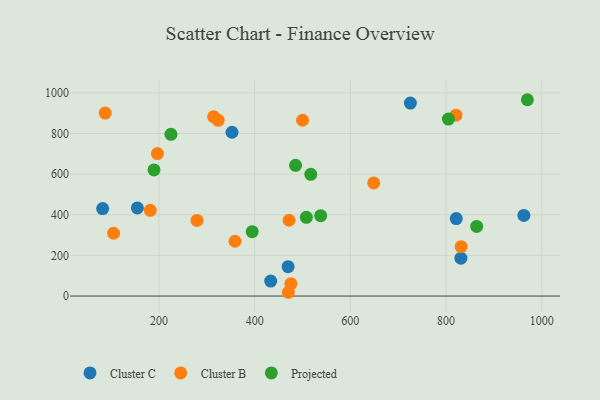
{"axis": {"x": "Engine Size", "y": "Yield"}, "legend": ["Cluster B", "Cluster C", "Projected"], "data": [{"x": "725.5", "y": 949.7, "type": "Cluster C"}, {"x": "831.1", "y": 186.3, "type": "Cluster C"}, {"x": "821.4", "y": 381.2, "type": "Cluster C"}, {"x": "469.9", "y": 144.6, "type": "Cluster C"}, {"x": "962.7", "y": 396.6, "type": "Cluster C"}, {"x": "154.9", "y": 433.6, "type": "Cluster C"}, {"x": "82.3", "y": 430.3, "type": "Cluster C"}, {"x": "433.5", "y": 73.7, "type": "Cluster C"}, {"x": "352.7", "y": 806.1, "type": "Cluster C"}, {"x": "323.8", "y": 864.9, "type": "Cluster B"}, {"x": "105.2", "y": 309.2, "type": "Cluster B"}, {"x": "831.6", "y": 242.8, "type": "Cluster B"}, {"x": "314.3", "y": 882.7, "type": "Cluster B"}, {"x": "87.7", "y": 900.7, "type": "Cluster B"}, {"x": "648.9", "y": 556.9, "type": "Cluster B"}, {"x": "472.0", "y": 373.0, "type": "Cluster B"}, {"x": "470.5", "y": 18.6, "type": "Cluster B"}, {"x": "359.0", "y": 269.8, "type": "Cluster B"}, {"x": "500.1", "y": 865.1, "type": "Cluster B"}, {"x": "820.8", "y": 890.2, "type": "Cluster B"}, {"x": "475.8", "y": 60.7, "type": "Cluster B"}, {"x": "279.6", "y": 372.0, "type": "Cluster B"}, {"x": "181.9", "y": 421.9, "type": "Cluster B"}, {"x": "196.8", "y": 701.0, "type": "Cluster B"}, {"x": "508.1", "y": 387.4, "type": "Projected"}, {"x": "225.1", "y": 795.7, "type": "Projected"}, {"x": "970.0", "y": 966.2, "type": "Projected"}, {"x": "538.0", "y": 395.6, "type": "Projected"}, {"x": "189.7", "y": 620.6, "type": "Projected"}, {"x": "485.5", "y": 643.2, "type": "Projected"}, {"x": "864.1", "y": 342.5, "type": "Projected"}, {"x": "394.9", "y": 316.8, "type": "Projected"}, {"x": "517.3", "y": 598.9, "type": "Projected"}, {"x": "804.9", "y": 870.8, "type": "Projected"}]}